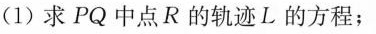
(1)求PQ中点R的轨迹L的方程；